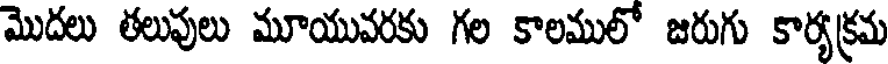
మొదలు తలుపులు మూయువరకు గల కాలములో జరుగు కార్యక్రమ